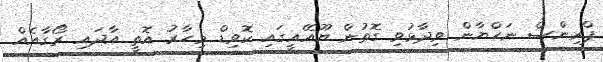
ޕްރިންސް ނަހްޔާން ވިދާޅުވި ގޮތުން ޔޫއޭއީގައި ކޮވިޑް މިހާރު އޮތީ އާދައި ރޯގާއެއް